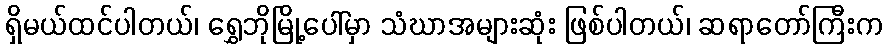
ရှိမယ်ထင်ပါတယ်၊ ရွှေဘိုမြို့ပေါ်မှာ သံဃာအများဆုံး ဖြစ်ပါတယ်၊ ဆရာတော်ကြီးက